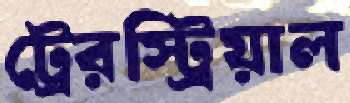
ট্রেরস্ট্রিয়াল